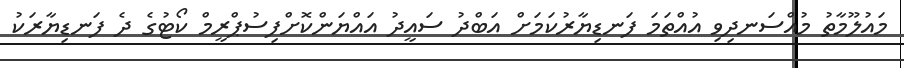
މައުލޫމާތު މުއްސަނދިވި އުއްތަމަ ފަނޑިޔާރުކަމަށް އަބްދު ސައީދު އައްޔަންކޮށްފިސުޕްރީމް ކޯޓުގެ ދެ ފަނޑިޔާރަކު